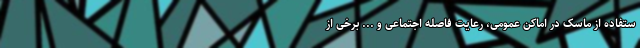
ستفاده از ماسک در اماکن عمومی، رعایت فاصله اجتماعی و ... برخی از